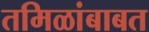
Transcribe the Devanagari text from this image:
तमिळांबाबत